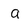
Character: a